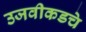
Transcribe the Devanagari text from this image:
उजवीकडचे